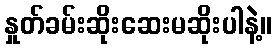
နှုတ်ခမ်းဆိုးဆေးမဆိုးပါနဲ့။